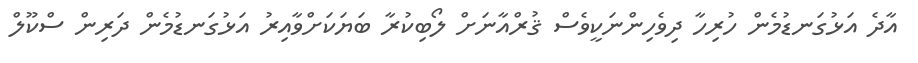
އާދެ އަޅުގަނޑުމެން ހުރިހާ ދިވެހިންނަކީވެސް ޤުރްއާނަށް ލޯބިކުރާ ބަޔަކަށްވާއިރު އަޅުގަނޑުމެން ދަރިން ސްކޫލް